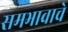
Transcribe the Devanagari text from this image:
समभावाचे